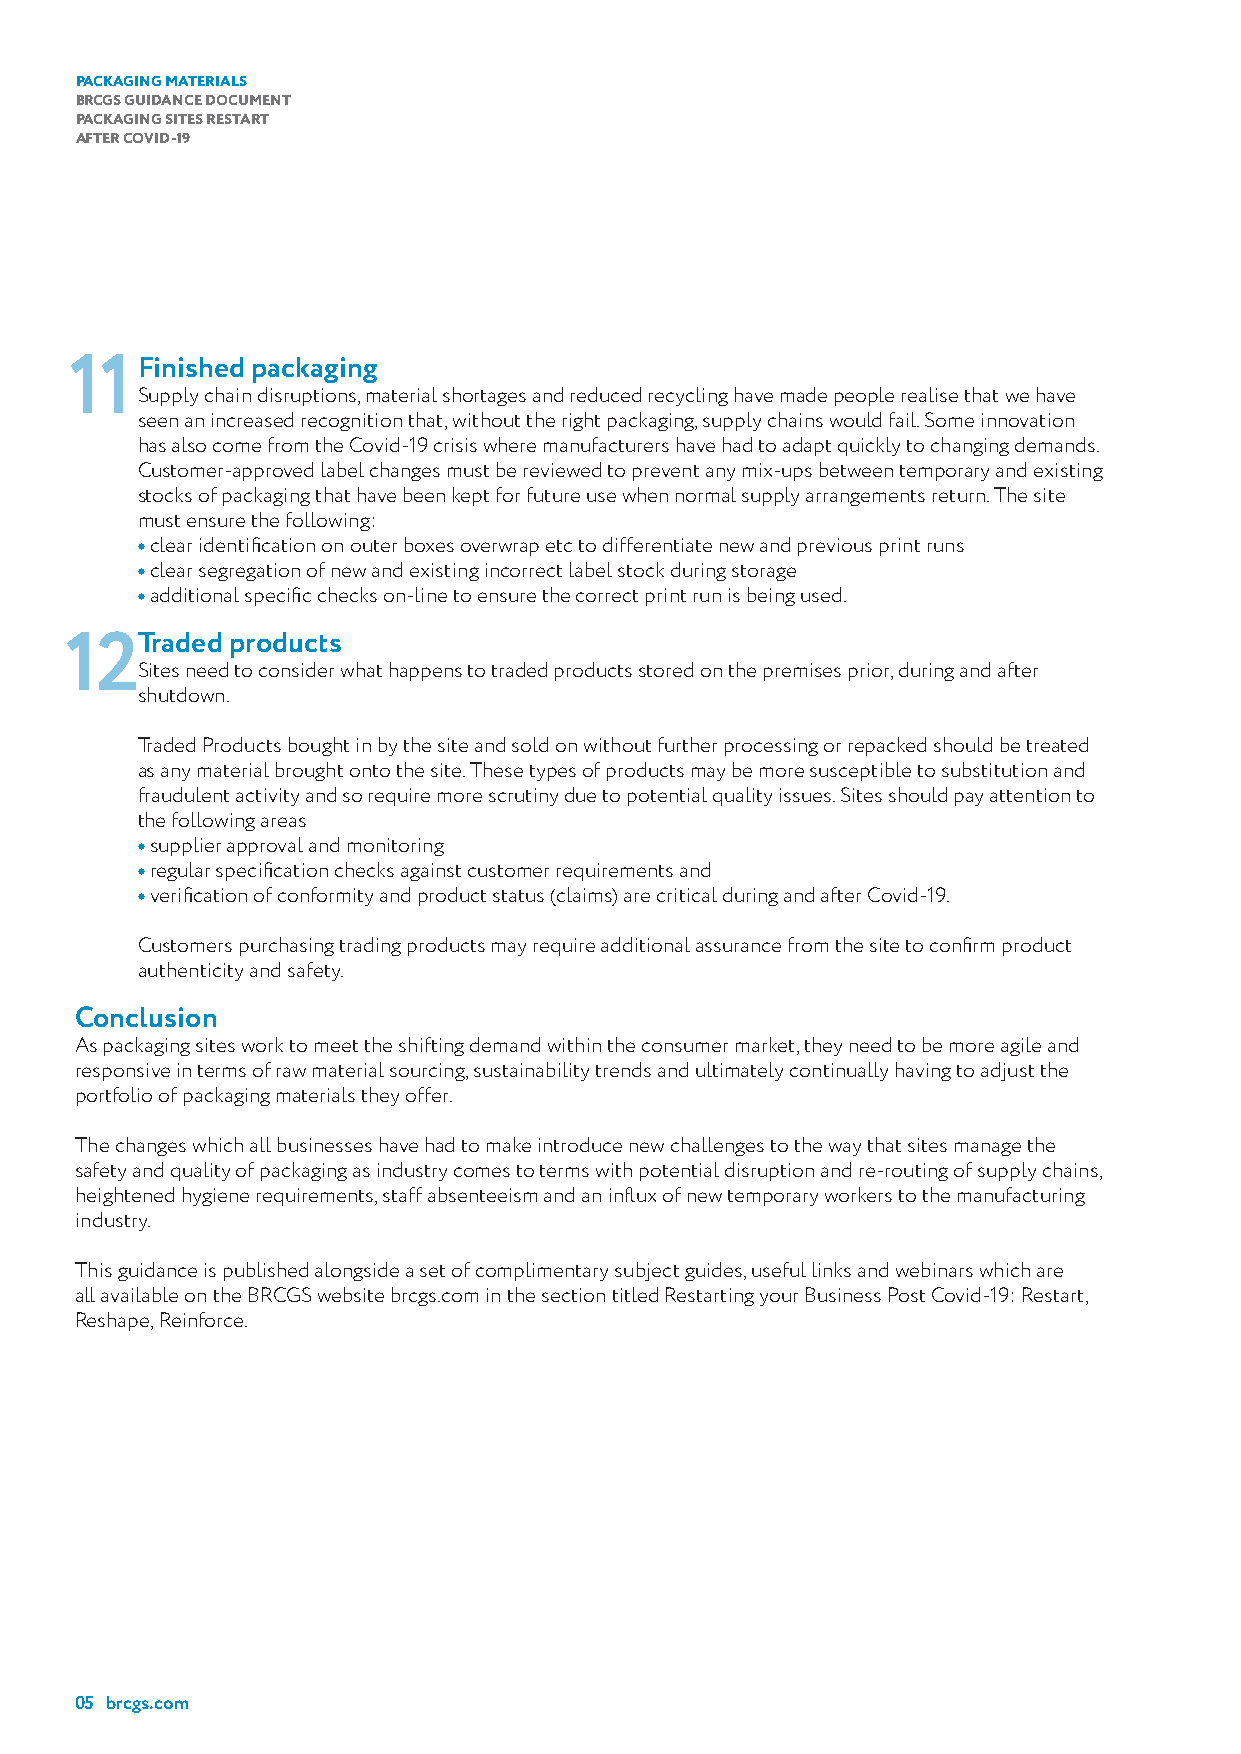
PACKAGING MATERIALS
 BRCGS GUIDANCE DOCUMENT
 PACKAGING SITES RESTART
 AFTER COVID-19
 1 1Finished packaging
 Supply chain disruptions, material shortages and reduced recycling have made people realise that we have
 seen an increased recognition that, without the right packaging, supply chains would fail. Some innovation
 has also come from the Covid-19 crisis where manufacturers have had to adapt quickly to changing demands.
 Customer-approved label changes must be reviewed to prevent any mix-ups between temporary and existing
 stocks of packaging that have been kept for future use when normal supply arrangements return. The site
 must ensure the following:
 • clear identification on outer boxes overwrap etc to differentiate new and previous print runs
 • clear segregation of new and existing incorrect label stock during storage
 • additional specific checks on-line to ensure the correct print run is being used.
 Traded products
 12
 Sites need to consider what happens to traded products stored on the premises prior, during and after
 shutdown.
 Traded Products bought in by the site and sold on without further processing or repacked should be treated
 as any material brought onto the site. These types of products may be more susceptible to substitution and
 fraudulent activity and so require more scrutiny due to potential quality issues. Sites should pay attention to
 the following areas
 • supplier approval and monitoring
 • regular specification checks against customer requirements and
 • verification of conformity and product status (claims) are critical during and after Covid-19.
 Customers purchasing trading products may require additional assurance from the site to confirm product
 authenticity and safety.
 Conclusion
 As packaging sites work to meet the shifting demand within the consumer market, they need to be more agile and
 responsive in terms of raw material sourcing, sustainability trends and ultimately continually having to adjust the
 portfolio of packaging materials they offer.
 The changes which all businesses have had to make introduce new challenges to the way that sites manage the
 safety and quality of packaging as industry comes to terms with potential disruption and re-routing of supply chains,
 heightened hygiene requirements, staff absenteeism and an influx of new temporary workers to the manufacturing
 industry.
 This guidance is published alongside a set of complimentary subject guides, useful links and webinars which are
 all available on the BRCGS website brcgs.com in the section titled Restarting your Business Post Covid-19: Restart,
 Reshape, Reinforce.
 05 brcgs.com